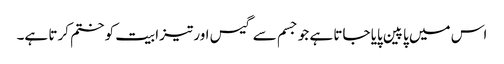
اس میں پاپین پایا جاتا ہے جو جسم سے گیس اور تیزابیت کو ختم کرتا ہے۔